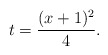
\begin{align*} t = \frac{(x+1)^2}{4}. \end{align*}